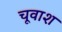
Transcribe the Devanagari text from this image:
चूवाश